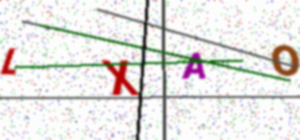
Text: LXAO